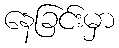
နေခြင်းမှာ